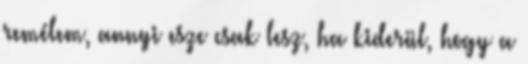
remélem, annyi esze csak lesz, ha kiderül, hogy a